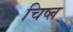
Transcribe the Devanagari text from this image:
चिष्त